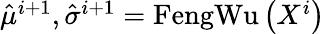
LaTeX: \begin{array}{r}{\hat{\mu}^{i+1},\hat{\sigma}^{i+1}=\operatorname{FengWu}\left(X^{i}\right)}\end{array}